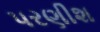
પરણીશ